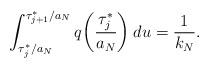
LaTeX: \begin{align*}\int_{\tau_j^*/a_N}^{\tau_{j+1}^*/a_N} q \bigg( \frac{\tau_j^*}{a_N} \bigg) \: du = \frac{1}{k_N}.\end{align*}